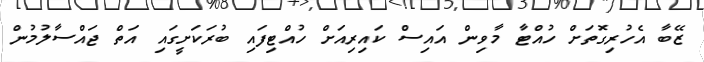
ޒޭބާ އެހުރިގޮތަށް ހުއްޓާ މާވިން އައިސް ކައިރިއަށް ހުއްޓިފައި ބުރަކަށީގައި އަތް ޖައްސާލުމުން